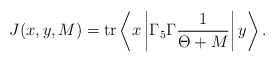
\begin{align*}J(x,y,M) = \hbox{tr} \left\langle x \left| \Gamma_5 \Gamma \frac{1}{\Theta + M} \right| y \right\rangle.\end{align*}